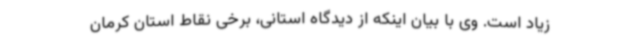
زیاد است. وی با بیان اینکه از دیدگاه استانی، برخی نقاط استان کرمان